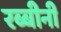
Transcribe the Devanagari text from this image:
रब्बीनी